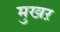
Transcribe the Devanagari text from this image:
मुखऱ